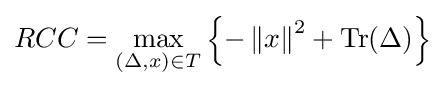
RCC=\max _{(\Delta ,x)\in {T}}\left\{-\left\|x\right\|^{2}+\operatorname {Tr} (\Delta )\right\}